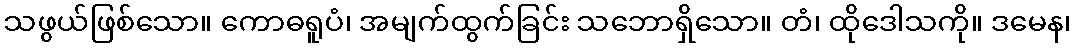
သဖွယ်ဖြစ်သော။ ကောဓရူပံ၊ အမျက်ထွက်ခြင်း သဘောရှိသော။ တံ၊ ထိုဒေါသကို။ ဒမေန၊